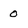
Character: 0